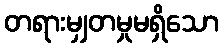
တရားမျှတမှုမရှိသော